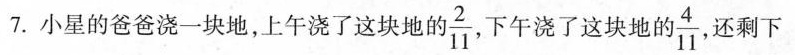
7.小星的爸爸浇一块地，上午浇了这块地 的 \frac{2}{11}，下午浇了这块 也的\frac{4}{11}，还剩下